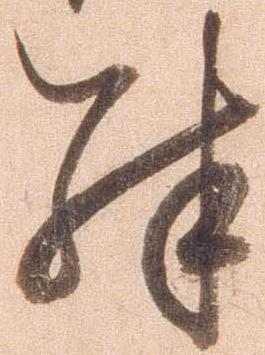
殊